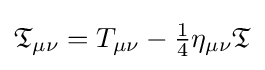
{\textstyle {\mathfrak {T}}_{\mu \nu }=T_{\mu \nu }-{\frac {1}{4}}\eta _{\mu \nu }{\mathfrak {T}}}